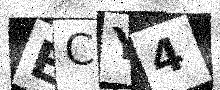
Text: ECY4